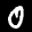
Label: 0